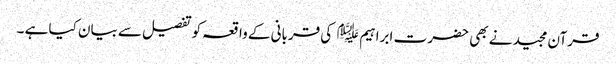
قرآن مجید نے بھی حضر ت ابراہیم ﷤ کی قربانی کے واقعہ کوتفصیل سے بیان کیا ہے ۔